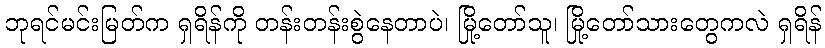
ဘုရင်မင်းမြတ်က ရှရိန်ကို တန်းတန်းစွဲနေတာပဲ၊ မြို့တော်သူ၊ မြို့တော်သားတွေကလဲ ရှရိန်